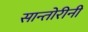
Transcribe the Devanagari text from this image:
सान्तोरीनी